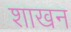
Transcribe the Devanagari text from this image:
शाखन